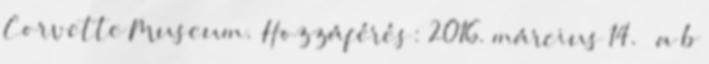
Corvette Museum. Hozzáférés: 2016. március 14. ↑ a b